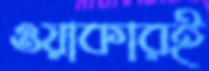
ওয়াকারই